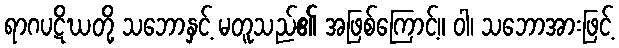
ရာဂပဋိဃတို့ သဘောနှင့် မတူသည်၏ အဖြစ်ကြောင့်။ ဝါ၊ သဘောအားဖြင့်